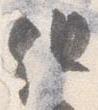
但